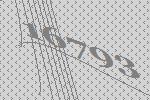
16793